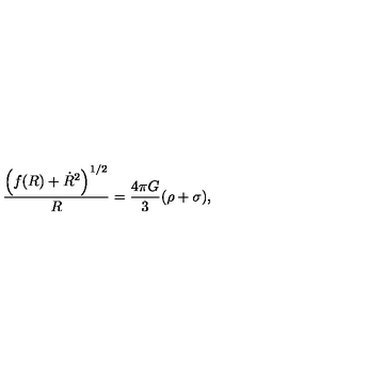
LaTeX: \frac { \left( f ( R ) + \dot { R } ^ { 2 } \right) ^ { 1 / 2 } } { R } = \frac { 4 \pi G } { 3 } ( \rho + \sigma ) ,